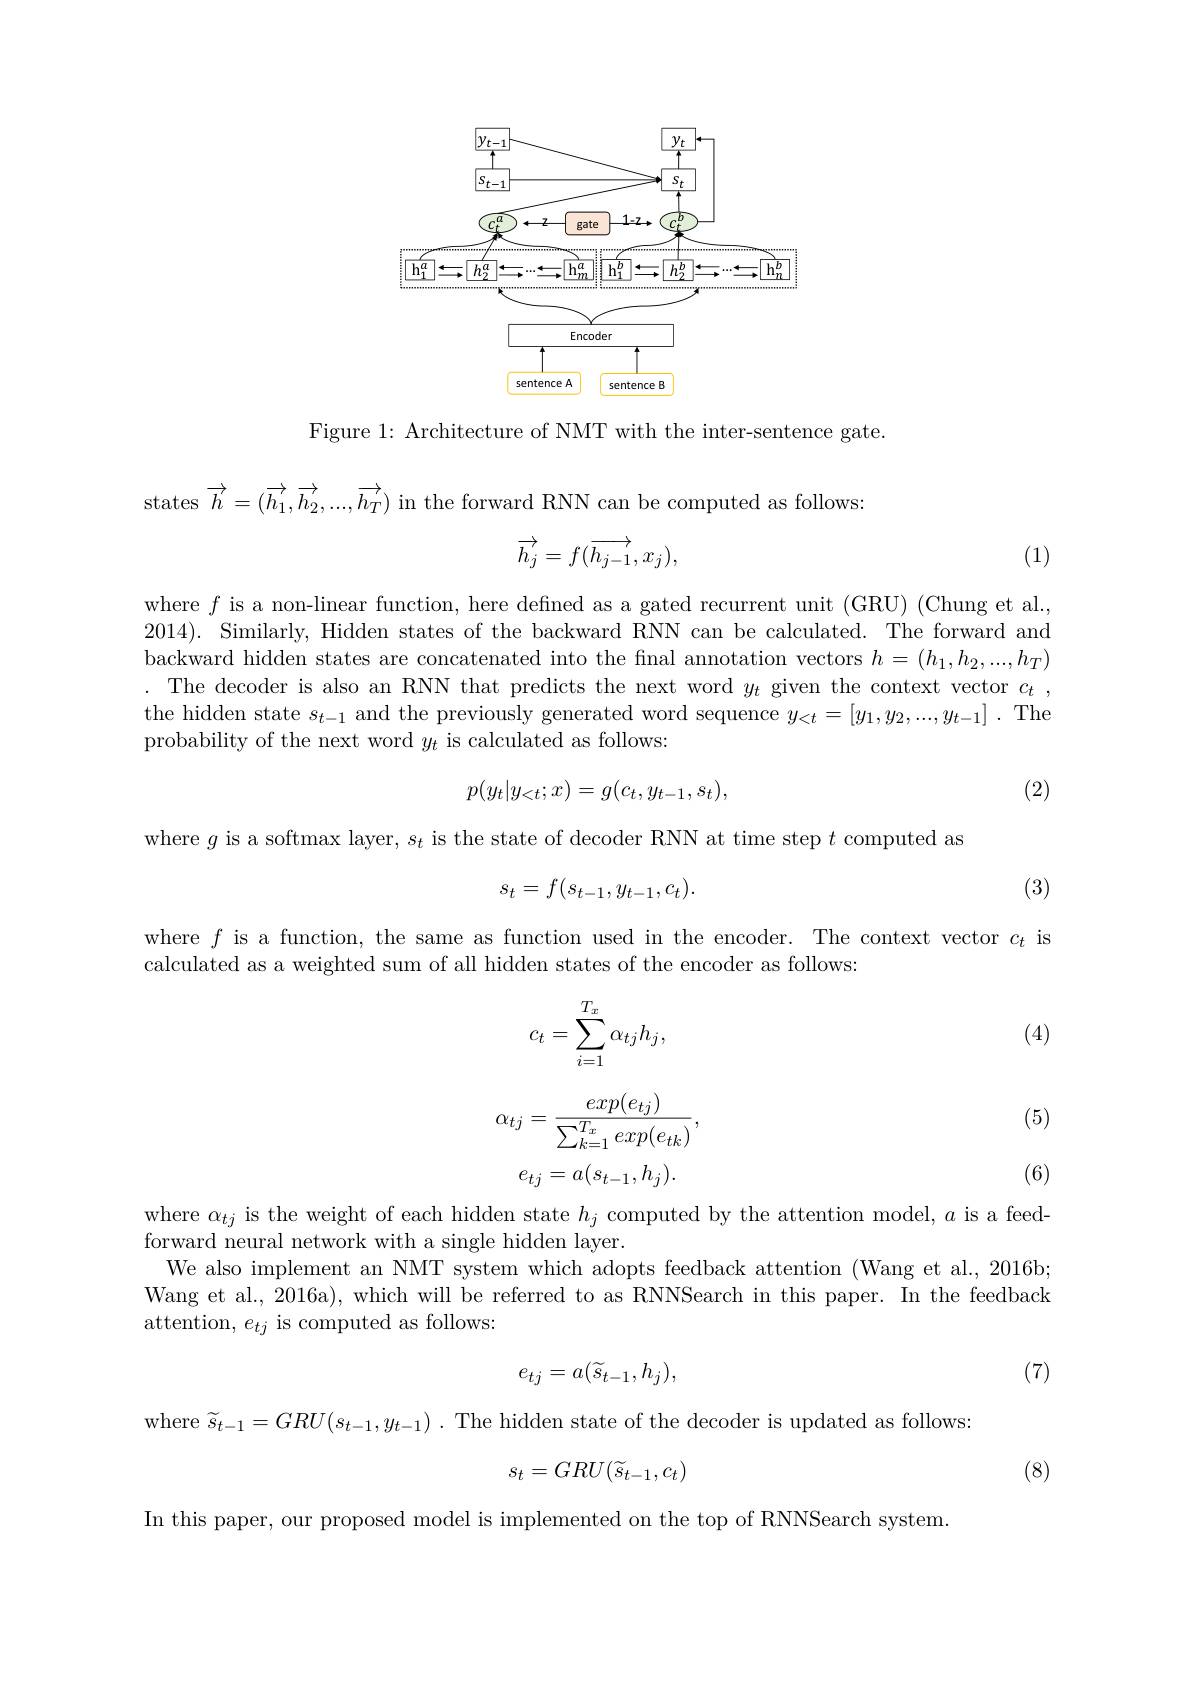
<FigureHere>

Figure 1: Architecture of NMT with the inter-sentence gate.

states $\overrightarrow{h}=(\overrightarrow{h_1},\overrightarrow{h_2},...,\overrightarrow{h_T})$ in the forward RNN can be computed as follows:
$$\overrightarrow{h_j}=f(\overrightarrow{h_{j-1}},x_j),$$
(1)

where $f$ is a non-linear function, here defined as a gated recurrent unit (GRU) (Chung et al., 2014). Similarly, Hidden states of the backward RNN can be calculated. The forward and backward hidden states are concatenated into the final annotation vectors $h=(h_1,h_2,...,h_T)$ . The decoder is also an RNN that predicts the next word $y_t$ given the context vector $c_t$, the hidden state $s_t-1$ and the previously generated word sequence $y_<t=[y_1,y_2,...,y_{t-1}]$ .The probability of the next word $y_{t}$ is calculated as follows:
$$p(y_t|y_{<t};x)=g(c_t,y_{t-1},s_t),$$
(2)

where $g$ is a softmax layer, $s_t$ is the state of decoder RNN at time step $t$ computed as
$$s_t=f(s_{t-1},y_{t-1},c_t).$$
(3)

where $f$ is a function, the same as function used in the encoder. The context vector $c_t$ is
calculated as a weighted sum of all hidden states of the encoder as follows:
$$c_t=\sum_{i=1}^{T_x}\alpha_{tj}h_j,$$
(4)
$$\alpha_{tj}=\frac{exp(e_{tj})}{\sum_{k=1}^{T_x}exp(e_{tk})},$$
$$e_{tj}=a(s_{t-1},h_{j}).$$
(5)

(6)

where $\alpha_tj$ is the weight of each hidden state $h_j$ computed by the attention model, $a$ is a feed-
forward neural network with a single hidden layer.
We also implement an NMT system which adopts feedback attention (Wang et al., 2016b; Wang et al. ,2016a),which will be referred to as RNNSearch in this paper. In the feedback attention, $e_{tj}$ is computed as follows:

(7)
$$e_{tj}=a(\widetilde{s}_{t-1},h_{j}),$$
where $\widetilde{s} _{t- 1}= GRU( s_{t- 1}, y_{t- 1})$ . The hidden state of the decoder is updated as follows:
$$s_t=GRU(\widetilde{s}_{t-1},c_t)$$
(8)

In this paper, our proposed model is implemented on the top of RNNSearch system